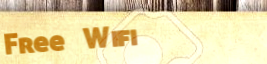
Free Wifi